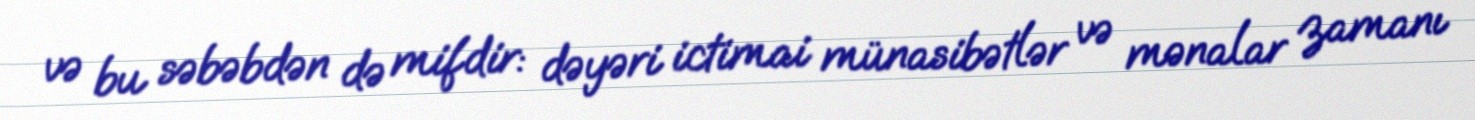
və bu səbəbdən də mifdir: dəyəri ictimai münasibətlər və mənalar zamanı